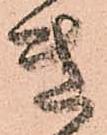
き